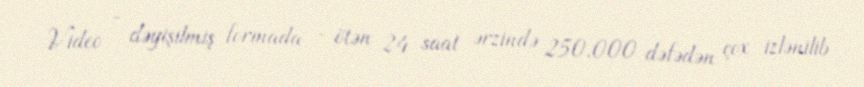
Video - dəyişilmiş formada - ötən 24 saat ərzində 250.000 dəfədən çox izlənilib